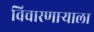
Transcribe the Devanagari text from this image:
विचारणाऱ्याला